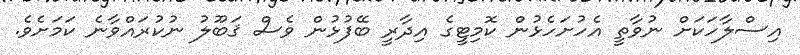
އިސްލާހަކަށް ނުވާތީ އެހުށަހެޅުން ކޮމިޓީގެ އިދާރީ ބޭފުޅުން ވެސް ޤަބޫލު ނުކުރައްވާނެ ކަމަށެވެ.